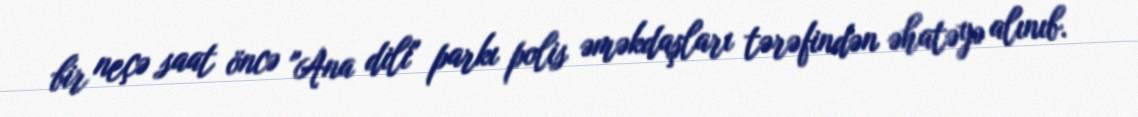
bir neçə saat öncə "Ana dili" parkı polis əməkdaşları tərəfindən əhatəyə alınıb.